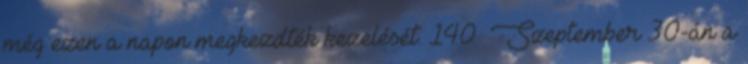
még ezen a napon megkezdték kezelését. 140 Szeptember 30-án a